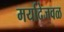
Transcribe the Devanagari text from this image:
मर्यादेजवळ